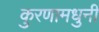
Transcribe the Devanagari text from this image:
कुरणामधुनी